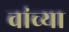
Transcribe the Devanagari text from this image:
वांच्या